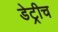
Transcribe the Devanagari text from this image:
डेट्रीच